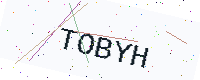
Text: TOBYH